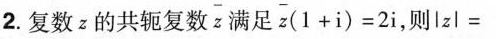
2. 复数z的共轭复数 \overline{z} 满足 $$\overline{z} ( 1 + i ) = 2 i$$， 则 $$\left | z \right | =$$